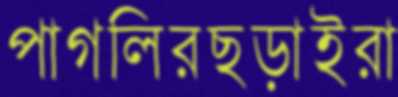
পাগলিরছড়াইরা